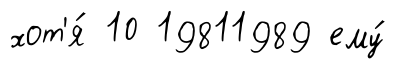
хот'я́ 10 19811989 ему́